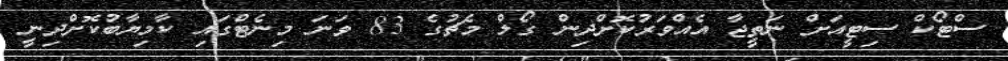
ސްޓޯކް ސިޓީއަށް ނަތީޖާ އެއްވަރުކޮށްދިން ގޯލް މެޗުގެ 83 ވަނަ މިނެޓްގައި ކާމިޔާބުކޮށްދިނީ